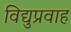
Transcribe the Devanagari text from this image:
विद्युप्रवाह